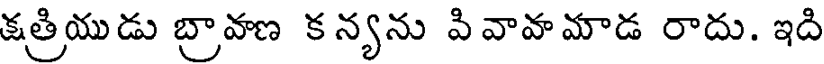
క్షత్రియుడు బ్రావణ కన్యను పివావామాడ రాదు. ఇది